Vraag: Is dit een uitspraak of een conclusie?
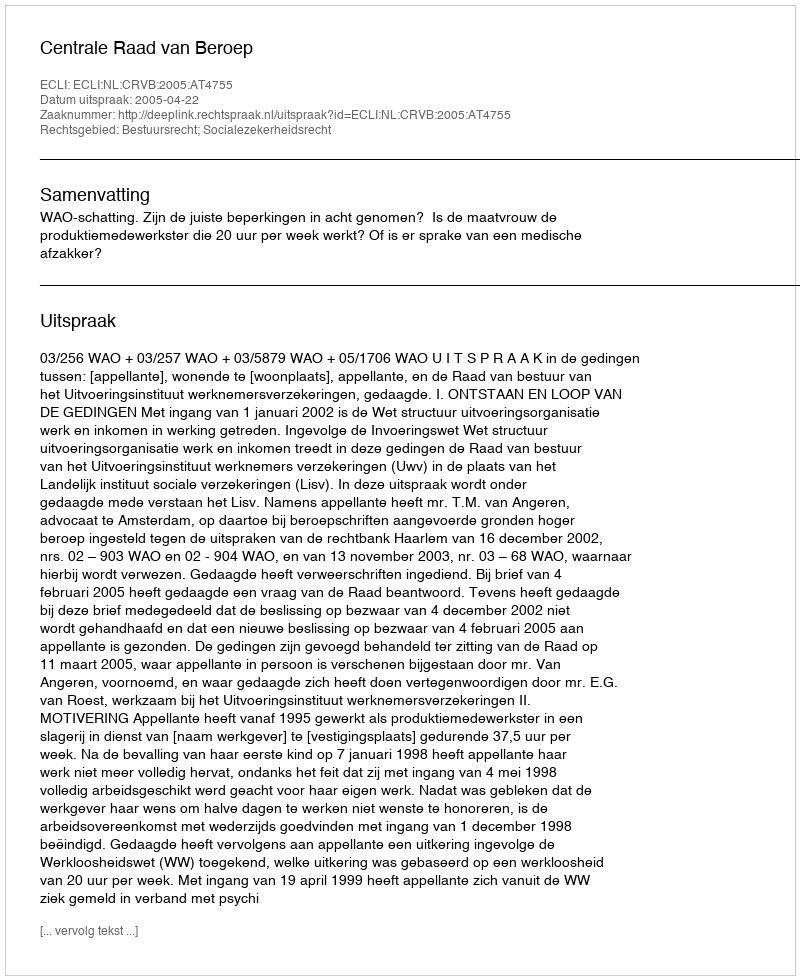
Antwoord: Uitspraak